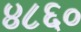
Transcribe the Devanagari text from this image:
४८६०